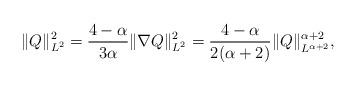
LaTeX: \begin{align*} \|Q\|^2_{L^2} = \frac{4-\alpha}{3\alpha} \|\nabla Q\|^2_{L^2} = \frac{4-\alpha}{2(\alpha+2)} \|Q\|^{\alpha+2}_{L^{\alpha+2}},\end{align*}